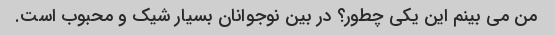
من می بینم این یکی چطور؟ در بین نوجوانان بسیار شیک و محبوب است.